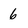
Character: 6